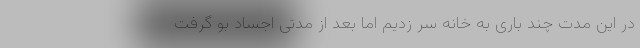
در این مدت چند باری به خانه سر زدیم اما بعد از مدتی اجساد بو گرفت